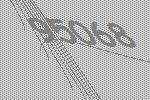
95068